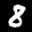
Label: 8